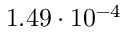
1 . 4 9 \cdot 1 0 ^ { - 4 }